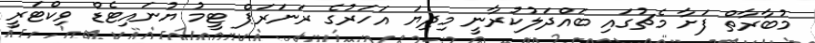
މުބާރާތް ފަށާ މެޗުގައި ބައްދަލުކުރާނީ މިދިޔަ އަހަރުގެ ރަނަރަޕް ޓީމު ޔުނައިޓެޑް ވިކްޓަރީ